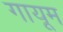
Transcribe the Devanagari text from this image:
गायूम